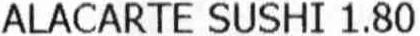
ALACARTE SUSHI 1.80